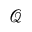
\mathcal { Q }